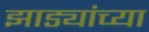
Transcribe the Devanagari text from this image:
झाड्यांच्या